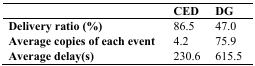
<table><thead><tr><td></td><td><b>CED</b></td><td><b>DG</b></td></tr></thead><tbody><tr><td><b>Delivery ratio (%)</b></td><td>86.5</td><td>47.0</td></tr><tr><td><b>Average copies of each event</b></td><td>4.2</td><td>75.9</td></tr><tr><td><b>Average delay(s)</b></td><td>230.6</td><td>615.5</td></tr></tbody></table>